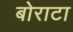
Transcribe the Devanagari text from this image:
बोराटा